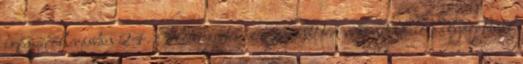
igényéről írásban 24. Előterjesztés az Erzsébet téri rekonstrukció pályázatáról